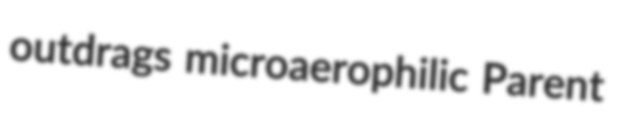
outdrags microaerophilic Parent